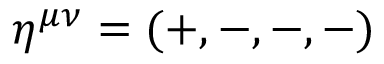
\eta ^ { \mu \nu } = ( + , - , - , - )